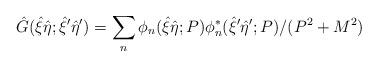
LaTeX: \begin{align*}{\hat G}({\hat \xi} {\hat \eta};{\hat \xi}' {\hat \eta}')= \sum_n {\phi}_n( {\hat \xi} {\hat \eta} ;P){\phi}_n^*({\hat \xi}' {\hat \eta}';P)/(P^2 + M^2)\end{align*}